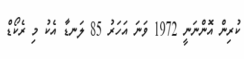
ކުރިން އޮންނަނީ 1972 ވަނަ އަހަރު 85 ލަނޑާ އެކު މި ރެކޯޑް